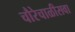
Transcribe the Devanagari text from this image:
चौरेचाळीसवा